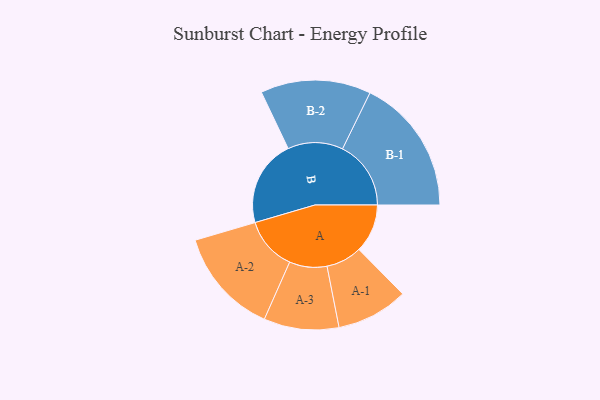
{"axis": {"x": "Segment", "y": "Value"}, "legend": ["", "A", "B"], "data": [{"x": "A", "y": 176, "type": ""}, {"x": "B", "y": 314, "type": ""}, {"x": "A-1", "y": 130, "type": "A"}, {"x": "A-2", "y": 193, "type": "A"}, {"x": "A-3", "y": 136, "type": "A"}, {"x": "B-1", "y": 248, "type": "B"}, {"x": "B-2", "y": 200, "type": "B"}]}